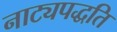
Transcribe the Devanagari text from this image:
नाट्यपद्धति